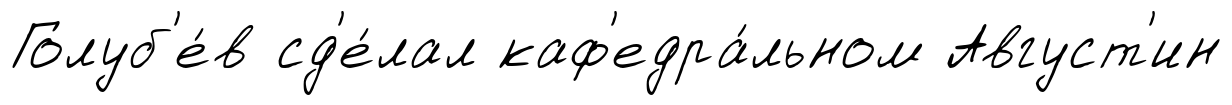
Голуб'е́в сд'е́лал каф'едра́льном Август'ин